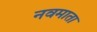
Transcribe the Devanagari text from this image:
नवमाता